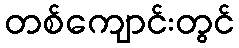
တစ်ကျောင်းတွင်